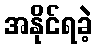
အနိုင်ရခဲ့